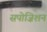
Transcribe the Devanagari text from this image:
सपोज़िशन